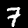
Label: 7